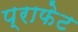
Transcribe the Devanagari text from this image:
प्राफेट